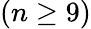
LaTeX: (n\geq 9)